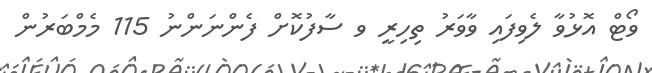
ވޯޓް އޮޅުވާ ލެވިފައި ވާވަރު ތިހިރީ ވ ސާފުކޮށް ފެންނަންނު 115 މެމްބަރުން